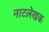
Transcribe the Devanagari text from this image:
नाटलेखक